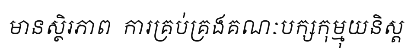
មានស្ថិរភាព  ការគ្រប់គ្រងគណៈបក្សកុម្មុយនិស្ត